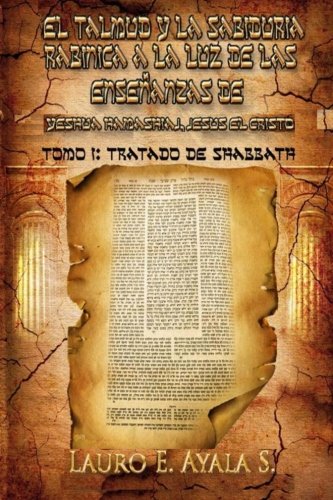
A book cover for El Talmud y la SabidurÃ­a RabÃ­nica a la Luz de las EnseÃ±anzas de YeshÃºa Hamashiaj, JesÃºs el Cristo: Tomo I: Tratado de Shabbath (Spanish Edition); Dr Lauro E Ayala S; Christian Books & Bibles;